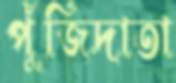
পুঁজিদাতা